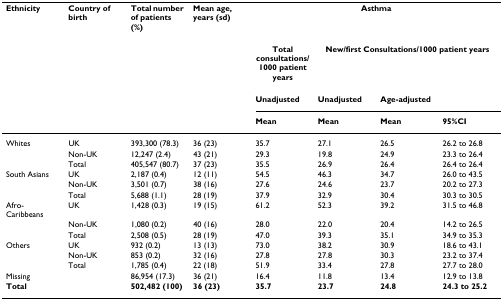
<table><thead><tr><td><b>Ethnicity</b></td><td><b>Country of birth</b></td><td><b>Total number of patients (%)</b></td><td><b>Mean age, years (sd)</b></td><td colspan="4"><b>Asthma</b></td></tr><tr><td></td><td></td><td></td><td></td><td><b>Total consultations/1000 patient years</b></td><td colspan="3"><b>New/first Consultations/1000 patient years</b></td></tr><tr><td></td><td></td><td></td><td></td><td><b>Unadjusted</b></td><td><b>Unadjusted</b></td><td colspan="2"><b>Age-adjusted</b></td></tr><tr><td></td><td></td><td></td><td></td><td><b>Mean</b></td><td><b>Mean</b></td><td><b>Mean</b></td><td><b>95%CI</b></td></tr></thead><tbody><tr><td>Whites</td><td>UK</td><td>393,300 (78.3)</td><td>36 (23)</td><td>35.7</td><td>27.1</td><td>26.5</td><td>26.2 to 26.8</td></tr><tr><td></td><td>Non-UK</td><td>12,247 (2.4)</td><td>43 (21)</td><td>29.3</td><td>19.8</td><td>24.9</td><td>23.3 to 26.4</td></tr><tr><td></td><td>Total</td><td>405,547 (80.7)</td><td>37 (23)</td><td>35.5</td><td>26.9</td><td>26.4</td><td>26.4 to 26.4</td></tr><tr><td>South Asians</td><td>UK</td><td>2,187 (0.4)</td><td>12 (11)</td><td>54.5</td><td>46.3</td><td>34.7</td><td>26.0 to 43.5</td></tr><tr><td></td><td>Non-UK</td><td>3,501 (0.7)</td><td>38 (16)</td><td>27.6</td><td>24.6</td><td>23.7</td><td>20.2 to 27.3</td></tr><tr><td></td><td>Total</td><td>5,688 (1.1)</td><td>28 (19)</td><td>37.9</td><td>32.9</td><td>30.4</td><td>30.3 to 30.5</td></tr><tr><td>Afro-Caribbeans</td><td>UK</td><td>1,428 (0.3)</td><td>19 (15)</td><td>61.2</td><td>52.3</td><td>39.2</td><td>31.5 to 46.8</td></tr><tr><td></td><td>Non-UK</td><td>1,080 (0.2)</td><td>40 (16)</td><td>28.0</td><td>22.0</td><td>20.4</td><td>14.2 to 26.5</td></tr><tr><td></td><td>Total</td><td>2,508 (0.5)</td><td>28 (19)</td><td>47.0</td><td>39.3</td><td>35.1</td><td>34.9 to 35.3</td></tr><tr><td>Others</td><td>UK</td><td>932 (0.2)</td><td>13 (13)</td><td>73.0</td><td>38.2</td><td>30.9</td><td>18.6 to 43.1</td></tr><tr><td></td><td>Non-UK</td><td>853 (0.2)</td><td>32 (16)</td><td>27.8</td><td>27.8</td><td>30.3</td><td>23.2 to 37.4</td></tr><tr><td></td><td>Total</td><td>1,785 (0.4)</td><td>22 (18)</td><td>51.9</td><td>33.4</td><td>27.8</td><td>27.7 to 28.0</td></tr><tr><td colspan="2">Missing</td><td>86,954 (17.3)</td><td>36 (21)</td><td>16.4</td><td>11.8</td><td>13.4</td><td>12.9 to 13.8</td></tr><tr><td colspan="2"><b>Total</b></td><td><b>502,482 (100)</b></td><td><b>36 (23)</b></td><td><b>35.7</b></td><td><b>23.7</b></td><td><b>24.8</b></td><td><b>24.3 to 25.2</b></td></tr></tbody></table>